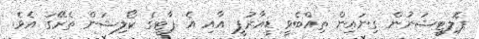
ޕޮލިޓީޝަނުން ގިނައިން ތިއްބެވީ ޑީއާރުޕީ އާއި އެ ޕާޓީގެ ކޯލިޝަން ތެރޭގަ އެވެ.